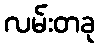
လမ်းတခု